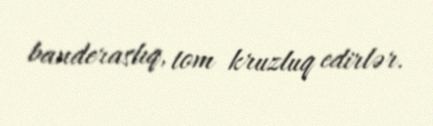
banderaslıq, tom kruzluq edirlər.